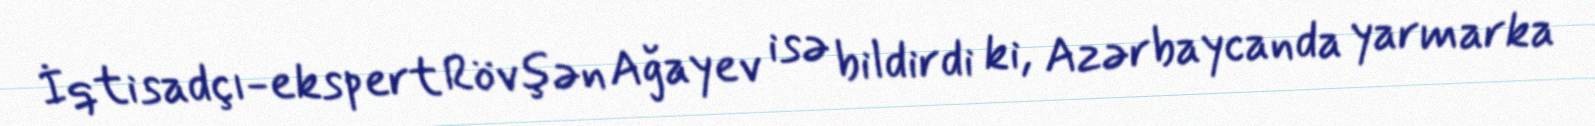
İqtisadçı-ekspert Rövşən Ağayev isə bildirdi ki, Azərbaycanda yarmarka